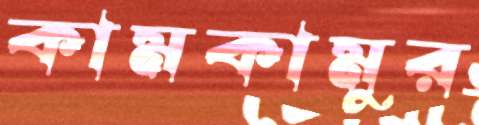
কামকামুর